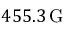
4 5 5 . 3 \, \mathrm { G }